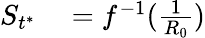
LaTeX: \begin{array}{rl}{S_{t^{*}}}&{{}=f^{-1}(\frac{1}{R_{0}})}\end{array}